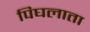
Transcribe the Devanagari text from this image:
पिघलाता